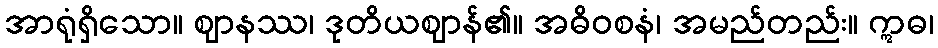
အာရုံရှိသော။ ဈာနဿ၊ ဒုတိယဈာန်၏။ အဓိဝစနံ၊ အမည်တည်း။ ဣဓ၊